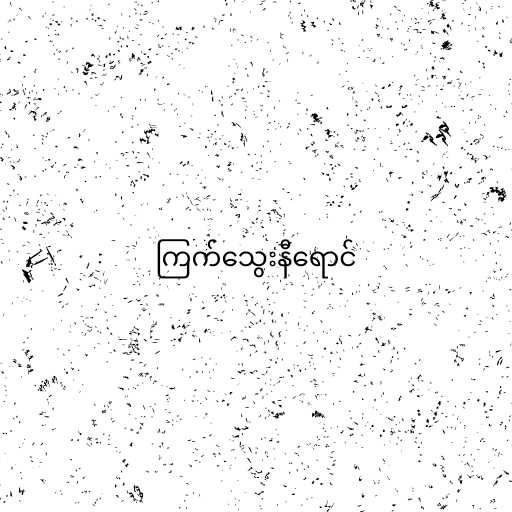
ကြက်သွေးနီရောင်